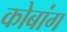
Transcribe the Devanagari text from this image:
कोबांग